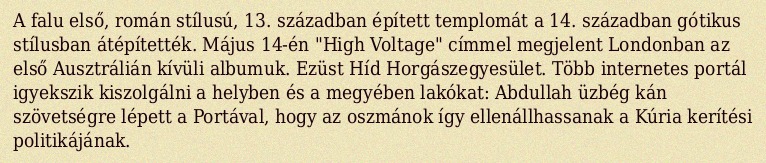
A falu első, román stílusú, 13. században épített templomát a 14. században gótikus stílusban átépítették. Május 14-én "High Voltage" címmel megjelent Londonban az első Ausztrálián kívüli albumuk. Ezüst Híd Horgászegyesület. Több internetes portál igyekszik kiszolgálni a helyben és a megyében lakókat: Abdullah üzbég kán szövetségre lépett a Portával, hogy az oszmánok így ellenállhassanak a Kúria kerítési politikájának.